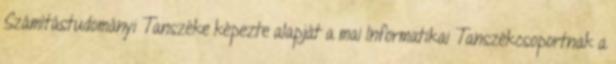
Számítástudományi Tanszéke képezte alapját a mai Informatikai Tanszékcsoportnak a